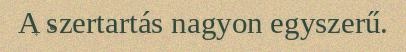
A szertartás nagyon egyszerű.